Philaematomyia insignis, Austen - Number 54
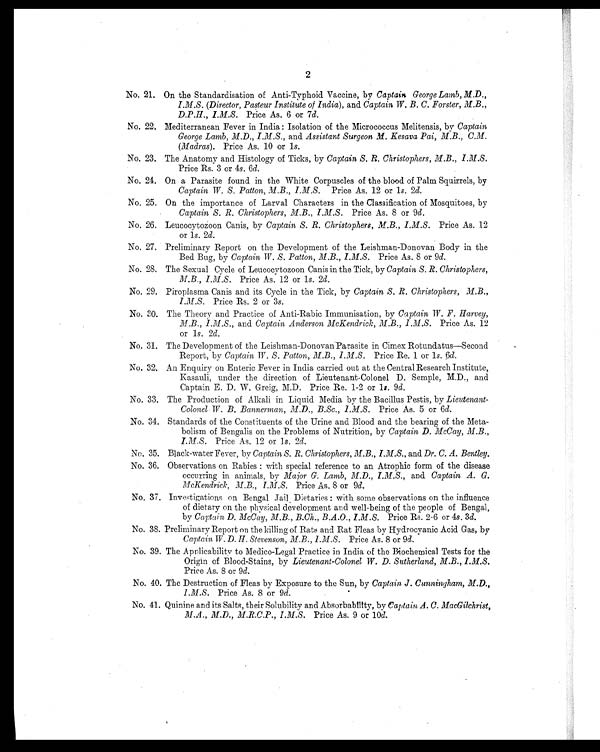
2
No. 21. On the Standardisation of Anti-Typhoid Vaccine, by Captain George Lamb, M.D.,
I.M.S. (Director, Pasteur Institute of India ), and Captain W. B. C. Forster, M.B.,
D.P.H., I.M.S. Price As. 6 or 7d.
No. 22. Mediterranean Fever in India : Isolation of the Micrococcus Melitensis, by Captain
George Lamb, M.D., I.M.S. , and Assistant Surgeon M. Kesava Pai, M.B., C.M .
(Madras). Price As. 10 or 1s.
No. 23. The Anatomy and Histology of Ticks, by Captain S. R. Christophers,M.B., I.M.S.
Price Rs. 3 or 4s. 6d.
No. 24. On a Parasite found in the White Corpuscles of the blood of Palm Squirrels, by
Captain W. S. Patton, M.B., I.M.S. Price As. 12 or 1s. 2d.
No. 25. On the importance of Larval Characters in the Classification of Mosquitoes, by
Captain S. R. Christophers, M.B., I.M.S. Price As. 8 or 9 d.
No. 26. Leucocytozoon Canis, by Captain S. R. Christophers, M.B., I.M.S. Price As. 12
or 1s. 2d.
No. 27. Preliminary Report on the Development of the Leishman-Donovan Body in the
Bed Bug, by Captain W. S. Patton, M.B., I.M.S. Price As. 8 or 9d
No. 28. The Sexual Cycle of Leucocvtozoon Canis in the Tick, by Captain S.R. Christophers,
M.B., I.M.S. Price As. 12 or 1s. 2d.
No. 29. Piroplasma Canis and its Cycle in the Tick, by Captain S. R. Christophers, M.B.,
I.M.S. Price Rs. 2 or 3 s.
No. 30. The Theory and Practice of Anti-Rabic Immunisation, by Captain W. F. Harvey,
M.B., I.M.S., and Captain Anderson McKendrick, M.B., I.M.S. Price As. 12
or 1s. 2d.
No. 31. The Development of the Leishman-Donovan Parasite in Cimex Rotundatus-Second
Report, by Captain W. S. Patton, M.B., I.M.S. Price Re. 1 or 1s. 6d.
No. 32. An Enquiry on Enteric Fever in India carried out at the Central Research Institute,
Kasauli, under the direction of Lieutenant-Colonel D. Semple, M.D., and
Captain E. D. W. Greig, M.D. Price Re. 1-2 or 1 s. 9d.
No. 33. The Production of Alkali in Liquid Media by the Bacillus Pestis, by Lieutenant-
Colonel W. B. Bannerman, M.D., B.Sc., I.M.S. Price As. 5 or 6d.
No. 34. Standards of the Constituents of the Urine and Blood. and the bearing of the Meta-
bolism of Bengalis on the Problems of Nutrition, by Captain D. McCay, M.B.,
I.M.S. Price As. 12 or 1s . 2d.
No. 35. Black-water Fever, by Captain S. R. Christophers, M.B., I.M.S., and Dr. C. A. Bentley.
No. 36. Observations on Rabies : with special reference to an Atrophic form of the disease
occurring in animals, by Major G. Lamb, M.D., I.M.S., and Captain A. G.
McKendrick, M.B., I.M.S. Price As. 8 or 9d.
No. 37. Investigations on Bengal Jail. Dietaries : with some observations on the influence
of dietary on the physical development and well-being of the people of Bengal,
by Captain D. McCay, M.B., B.Ch., B.A.O., I.M.S. Price Rs. 2-6 or 4s . 3d.
No. 38. Preliminary Report on the killing of Rats and Rat Fleas by Hydrocyanic Acid Gas, by
Captain W. D. H. Stevenson, M.B., I.M.S. Price As. 8 or 9d.
No. 39. The Applicability to Medico-Legal Practice in India of the Biochemical Tests for the
Origin of Blood-Stains, by Lieutenant-Colonel W. D. Sutherland, M.B., I.M.S.
Price As. 8 or 9d.
No. 40. The Destruction of Fleas by Exposure to the Sun, by Captain J. Cunningham, M.D.,
I . M . S .
P r i c e A s . 8 o r 9
d .
No. 41. Quinine and its Salts, their Solubility and Absorbability, by Captain, A. C. MacGilchrist,
M.A., M.D., M.R.C.P., I.M.S. Price As. 9 or 10d.